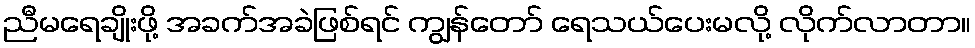
ညီမရေချိုးဖို့ အခက်အခဲဖြစ်ရင် ကျွန်တော် ရေသယ်ပေးမလို့ လိုက်လာတာ။